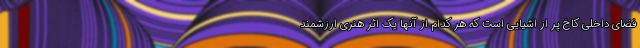
فضای داخلی کاخ پر از اشیایی است که هر کدام از آنها یک اثر هنری ارزشمند